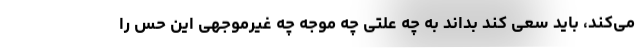
می‌کند، باید سعی کند بداند به چه علتی چه موجه چه غیرموجهی این حس را